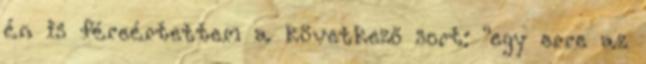
én is féreértettem a következő sort: "egy erre az